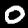
Label: 0